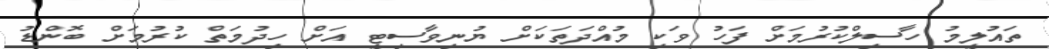
ތައުލީމު ހާސިލްކުރުމަށް ފަހު ވަކި މުއްދަތަކަށް ޔުނިވާސިޓީ އަށް ހިދުމަތް ކުރުމަށް ބޮންޑު